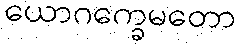
ယောဂက္ခေမတော